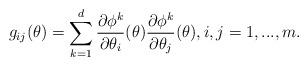
LaTeX: \begin{align*} g_{ij} (\theta)= \sum \limits_{k=1}^d \frac{\partial \phi^k}{\partial \theta_i} (\theta) \frac{\partial \phi^k}{\partial \theta_j} (\theta), i,j=1,...,m.\end{align*}